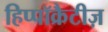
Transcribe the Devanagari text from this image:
हिप्पॉक्रैटीज़